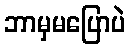
ဘာမှမပြောပဲ